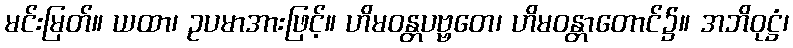
မင်းမြတ်။ ယထာ၊ ဥပမာအားဖြင့်။ ဟိမဝန္တပဗ္ဗတေ၊ ဟိမဝန္တာတောင်၌။ အဘိဝုဋ္ဌံ၊